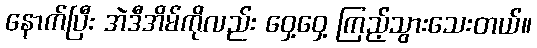
နောက်ပြီး အဲဒီအိမ်ကိုလည်း ဝှေ့ဝှေ့ ကြည့်သွားသေးတယ်။